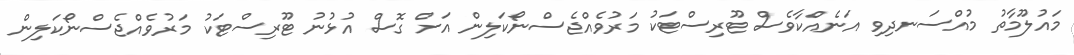
މައުލޫމާތު މުއްސަނދިވި އަނެއްކާވެސް ޓޫރިސްޓަކު މަރުވެއްޖެސްނޯކަލިން އަށް ގޮސް އުޅުނު ޓޫރިސްޓަކު މަރުވެއްޖެސްނޯކަލިން